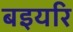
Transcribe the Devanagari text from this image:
बइयरि